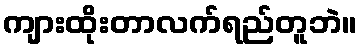
ကျားထိုးတာလက်ရည်တူဘဲ။